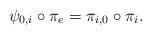
LaTeX: \begin{align*}{\psi_{0,i}\circ \pi_e=\pi_{i,0}\circ \pi_i.}\end{align*}